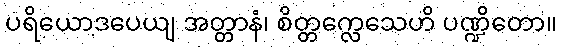
ပရိယောဒပေယျ အတ္တာနံ၊ စိတ္တက္လေသေဟိ ပဏ္ဍိတော။